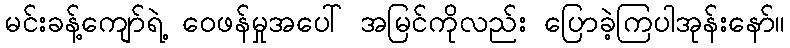
မင်းခန့်ကျော်ရဲ့ ဝေဖန်မှုအပေါ် အမြင်ကိုလည်း ပြောခဲ့ကြပါအုန်းနော်။